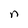
Character: n